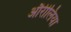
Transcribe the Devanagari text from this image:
औरीलिया